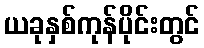
ယခုနှစ်ကုန်ပိုင်းတွင်